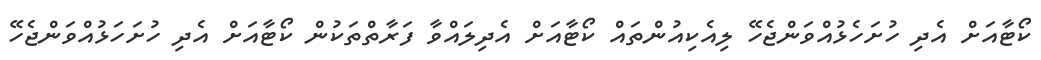
ކޯޓާއަށް އެދި ހުށަހެޅުއްވަންޖެހޭ ލިއެކިއުންތައް ކޯޓާއަށް އެދިލައްވާ ފަރާތްތަކުން ކޯޓާއަށް އެދި ހުށަހަޅުއްވަންޖެހޭ